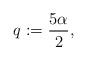
LaTeX: \begin{align*} q:=\frac{5\alpha}{2}, \end{align*}